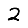
Digit: 2